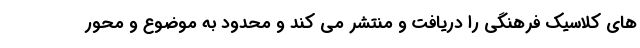
های کلاسیک فرهنگی را دریافت و منتشر می کند و محدود به موضوع و محور